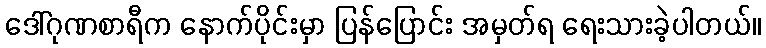
ဒေါ်ဂုဏစာရီက နောက်ပိုင်းမှာ ပြန်ပြောင်း အမှတ်ရ ရေးသားခဲ့ပါတယ်။